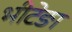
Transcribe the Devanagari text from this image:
भीटेङा